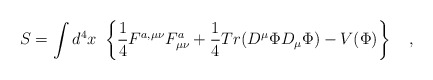
\begin{align*}S = \int d^4 x\ \left\{\frac{1}{4}F^{a,\mu\nu}F^a_{\mu\nu} + \frac{1}{4}Tr(D^\mu \Phi D_\mu\Phi ) - V(\Phi)\right\}\quad,\end{align*}